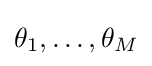
\theta _{1},\dots ,\theta _{M}